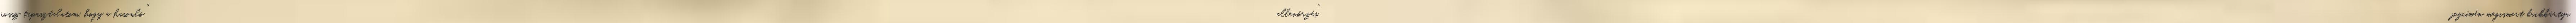
rossz tapasztalatom, hogy a hasonló "ellenőrzés" jogcímén megismert bankkártya